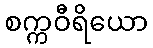
စက္ကဝီရိယော